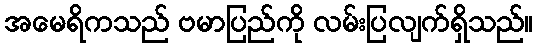
အမေရိကသည် ဗမာပြည်ကို လမ်းပြလျက်ရှိသည်။